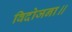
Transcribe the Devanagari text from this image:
विदोजना॥